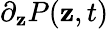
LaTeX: \partial_{\mathbf{z}}P(\mathbf{z},t)